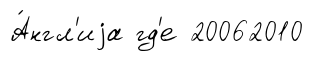
А́нгл'иjа гд'е 20062010